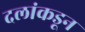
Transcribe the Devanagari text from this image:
दलांकडून